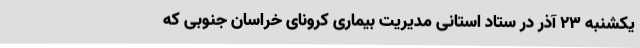
یکشنبه 23 آذر در ستاد استانی مدیریت بیماری کرونای خراسان جنوبی که